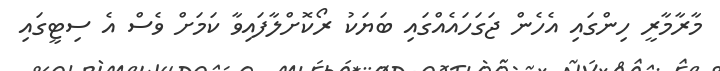
މާރާމާރީ ހިންގައި އެހެން ޖަގަހައެއްގައި ބަޔަކު ރޯކޮށްލާފައިވާ ކަމަށް ވެސް އެ ސިޓީގައި